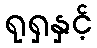
ရုရှနှင့်